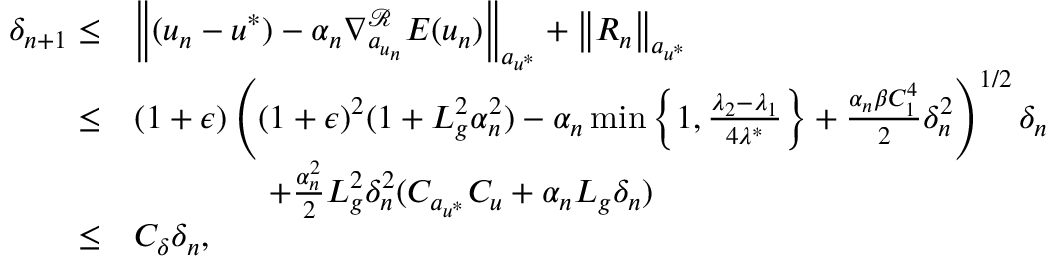
\begin{array} { r l } { \delta _ { n + 1 } \leq } & { \left\Vert ( u _ { n } - u ^ { * } ) - \alpha _ { n } \nabla _ { a _ { u _ { n } } } ^ { \mathcal { R } } E ( u _ { n } ) \right\Vert _ { a _ { u ^ { * } } } + \left\Vert R _ { n } \right\Vert _ { a _ { u ^ { * } } } } \\ { \leq } & { ( 1 + \epsilon ) \left( ( 1 + \epsilon ) ^ { 2 } ( 1 + L _ { g } ^ { 2 } \alpha _ { n } ^ { 2 } ) - \alpha _ { n } \operatorname* { m i n } \left\{ 1 , \frac { \lambda _ { 2 } - \lambda _ { 1 } } { 4 \lambda ^ { * } } \right\} + \frac { \alpha _ { n } \beta C _ { 1 } ^ { 4 } } { 2 } \delta _ { n } ^ { 2 } \right) ^ { 1 / 2 } \delta _ { n } } \\ & { \qquad \qquad + \frac { \alpha _ { n } ^ { 2 } } { 2 } L _ { g } ^ { 2 } \delta _ { n } ^ { 2 } ( C _ { a _ { u ^ { * } } } C _ { u } + \alpha _ { n } L _ { g } \delta _ { n } ) } \\ { \leq } & { C _ { \delta } \delta _ { n } , } \end{array}